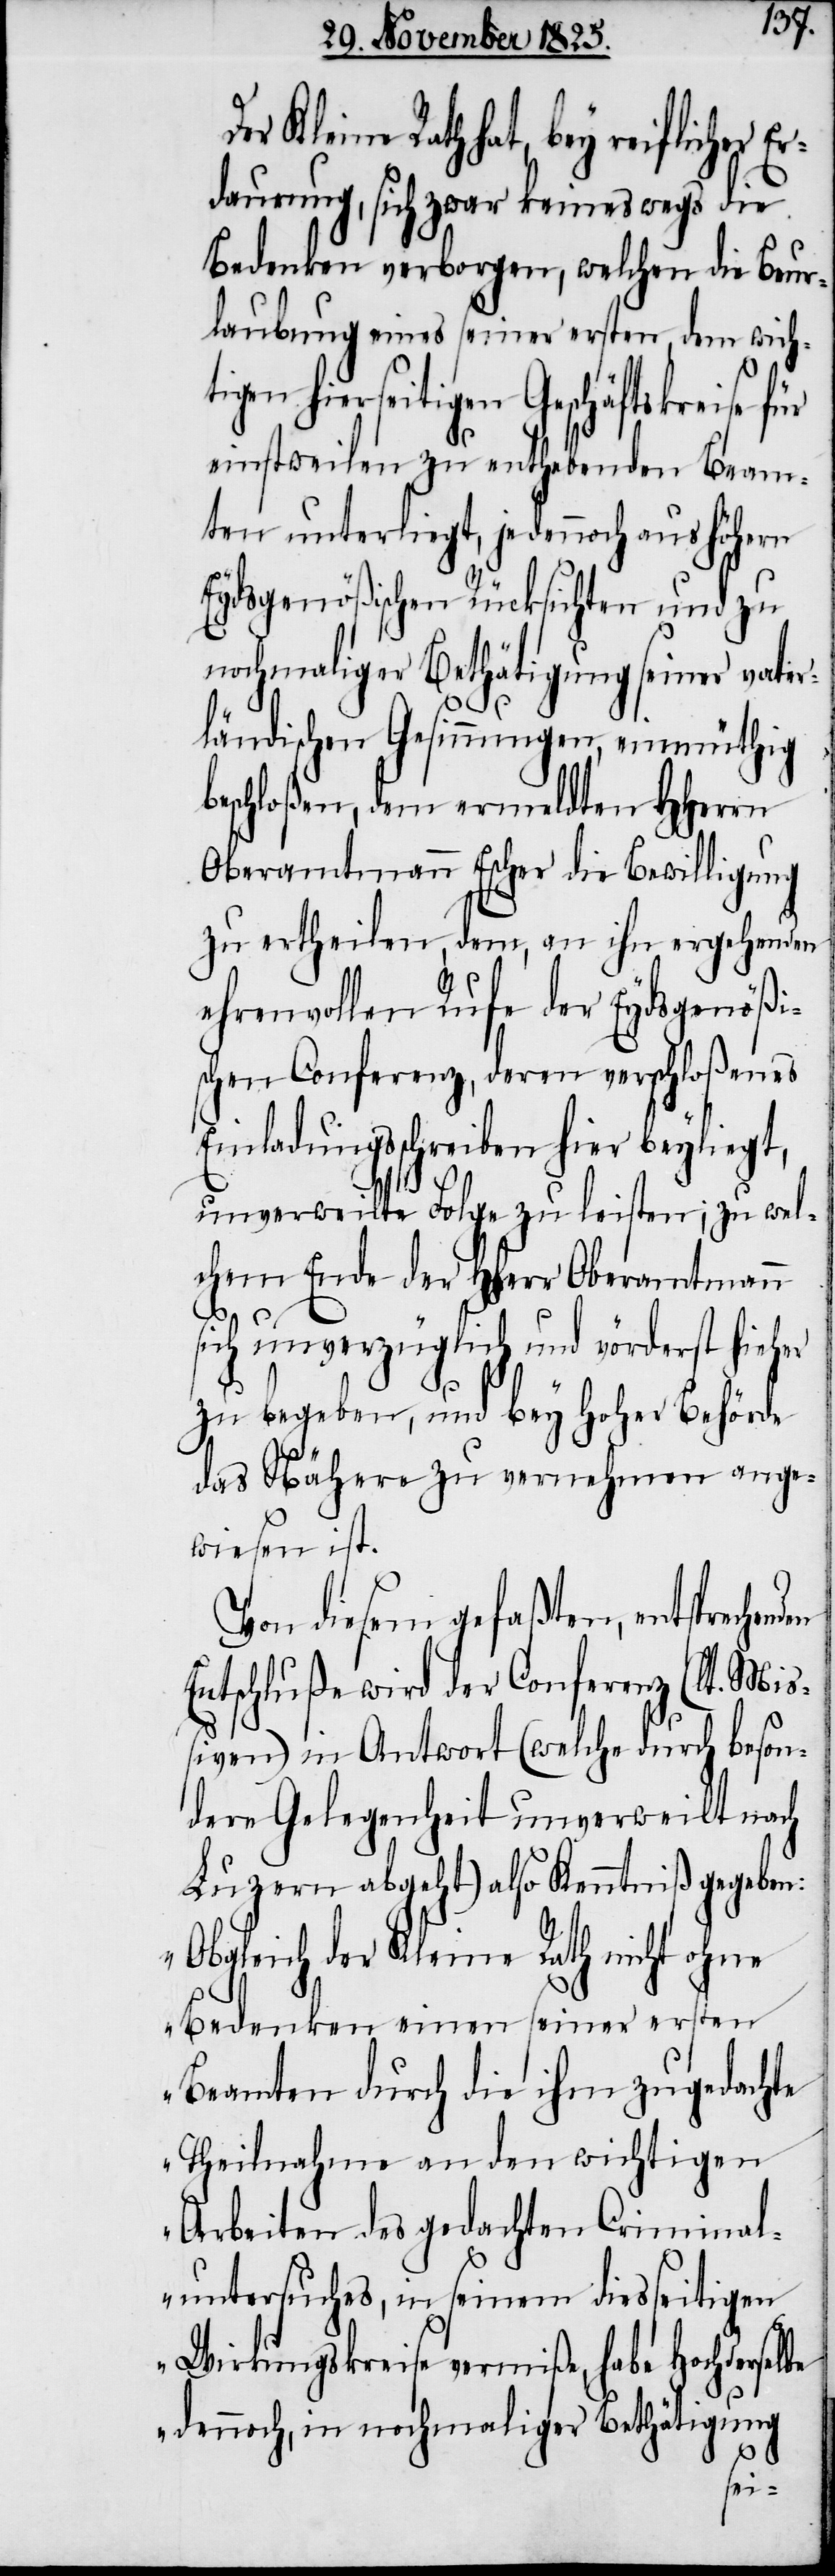
Kleine Rath hat, bey reiflicher
dauerung, sich zwar keineswegs die
Bedenken verborgen, welchen die Beur¬
laubung eines seiner ersten, dem wich¬
hierseitigen Geschäftskreise für
einstweilen zu enthebenden Beam¬
ten unterliegt, jedennoch aus höhern
Eydsgenößischen Rücksichten und zu
nochmaliger Bethätigung seiner vater¬
ländischen Gesinnungen, einmüthig
beschloßen, dem ermeldten HHerrn
Oberamtmann Escher die Bewilligung
zu ertheilen, dem, an ihn ergehenden
ehrenvollen Rufe der Eydsgenößi¬
schen Conferenz, deren verschloßenes
Einladungsschreiben hier beyliegt,
unverweilte Folge zu leisten; zu wel¬
chem Ende der HHerr Oberamtmann
sich unverzüglich und vörderst hieher
den
zu begeben, und bey hoher Behörde
das Nähere zu vernehmen ange¬
wiesen ist.
Von diesem gefaßten, entsprechen¬
Entschluße wird der Conferenz (lt. Mi¬
ßiven) in Antwort (welche durch beson¬
dere Gelegenheit unverweilt nach
Luzern abgeht) also Kenntniß gegeben:
„Obgleich der Kleine Rath nicht ohne
Bedenken einen seiner ersten
Beamten durch die ihm zugedachte
Theilnahme an den wichtigen
Arbeiten des gedachten Criminal¬
untersuches, in seinem diesseitigen
Wirkungskreise vermiße, habe Hochderselbe
dennoch, in nochmaliger Bethätigung